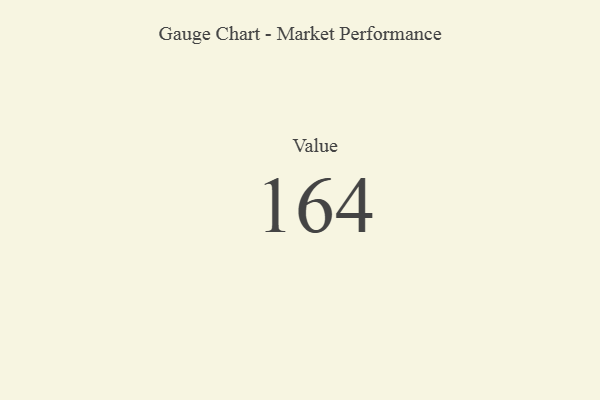
{"axis": {"x": "Metric", "y": "Value"}, "legend": [""], "data": [{"x": "Value", "y": 164, "type": ""}]}